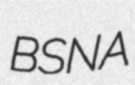
BSNA